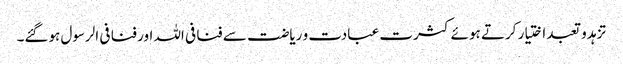
تزہد و تعبد اختیار کرتے ہوئے کثرت عبادت و ریاضت سے فنا فی اللہ اور فنا فی الرسول ہوگئے۔